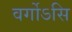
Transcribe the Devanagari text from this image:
वर्गोऽसि